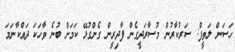
ހަސަން ލަތީފް: ސަރުކާރުން މުސާރަދީގެން ފާދިރީން ގެންގުޅޭ ކަމަށް ބުނެ ވާހަކަ ދައްކާނަމަ